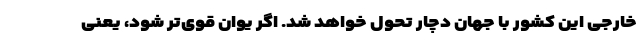
خارجی این کشور با جهان دچار تحول خواهد شد. اگر یوان قوی‌تر شود، یعنی